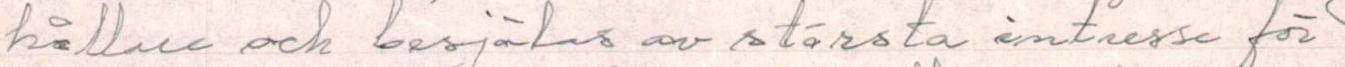
hållare och besjälas av största intresse för